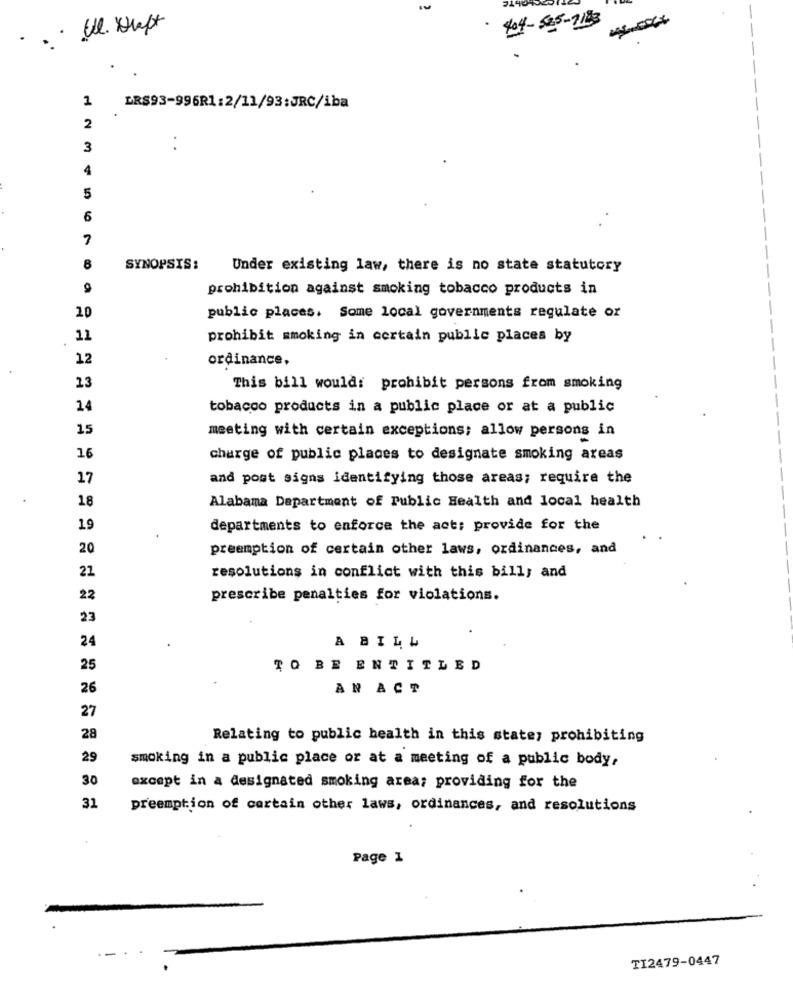
404-585-7183
. . . We. Kraft
1
DRS93-996R1:2/11/93:JRC/iba
2
3
4
5
6
8
SYNOPSIS:
Under existing law, there is no state statutory
prohibition against smoking tobacco products in
10
public places. Some local governments regulate or
11
prohibit smoking in certain public places by
12
ordinance,
13
This bill would: prohibit persons from smoking
14
tobacco products in a public place or at a public
15
meeting with certain exceptions; allow persons in
16
charge of public places to designate smoking areas
17
and post signs identifying those areas; require the
18
Alabama Department of Public Health and local health
19
departments to enforce the act: provide for the
20
preemption of certain other laws, ordinances, and
22
resolutions in conflict with this bill; and
22
prescribe penalties for violations.
23
24
A BILL
25
TO BE ENTITLED
26
AN ACT
27
28
Relating to public health in this state; prohibiting
29
smoking in a public place or at a meeting of a public body,
30
except in a designated smoking area; providing for the
31
preemption of certain other laws, ordinances, and resolutions
Page 1
TI2479-0447